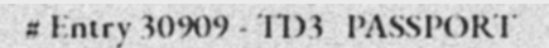
# Entry 30909 - TD3_PASSPORT